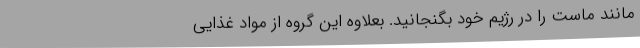
مانند ماست را در رژیم خود بگنجانید. بعلاوه این گروه از مواد غذایی